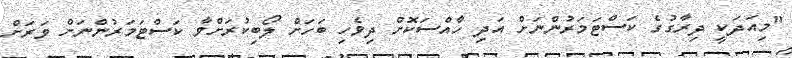
"މިއަދަކީ ދިރާގުގެ ކަސްޓަމަރުންނަށް އަދި ހާއްސަކޮށް ދިވެހި ބަހަށް ލޯބިކުރަށްވާ ކަސްޓަމަރުންނަށް ވަރަށް